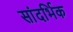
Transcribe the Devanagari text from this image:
सांदर्भिक